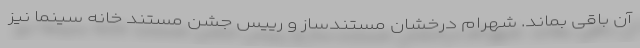
آن باقی بماند. شهرام درخشان مستندساز و رییس جشن مستند خانه سینما نیز